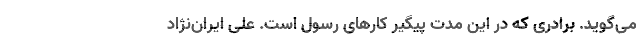
می‌گوید. برادری که در این مدت پیگیر کارهای رسول است. علی ایران‌نژاد